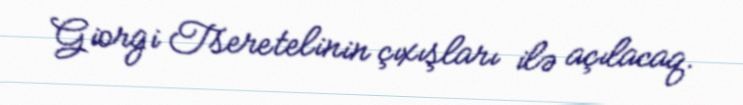
Giorgi Tseretelinin çıxışları ilə açılacaq.